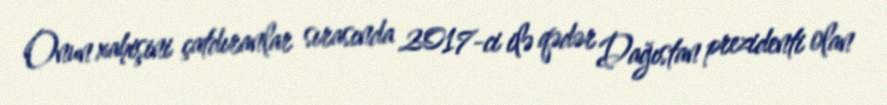
Onun xahişini çatdıranlar sırasında 2017-ci ilə qədər Dağıstan prezidenti olan